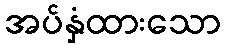
အပ်နှံထားသော